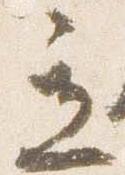
立